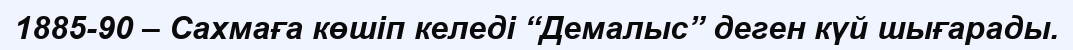
1885-90 – Сахмаға көшіп келеді “Демалыс” деген күй шығарады.